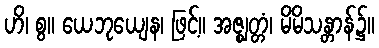
ဟိ၊ စွ။ ယေဘုယျေန၊ ဖြင့်။ အဇ္ဈတ္တံ၊ မိမိသန္တာန်၌။